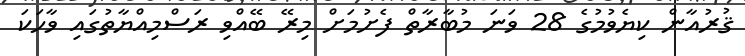
ޤުރުއާން ކިޔެވުމުގެ 28 ވަނަ މުބާރާތް ފެށުމަށް މިރޭ ބޭއްވި ރަސްމިއްޔާތުގައި ވާހަކަ